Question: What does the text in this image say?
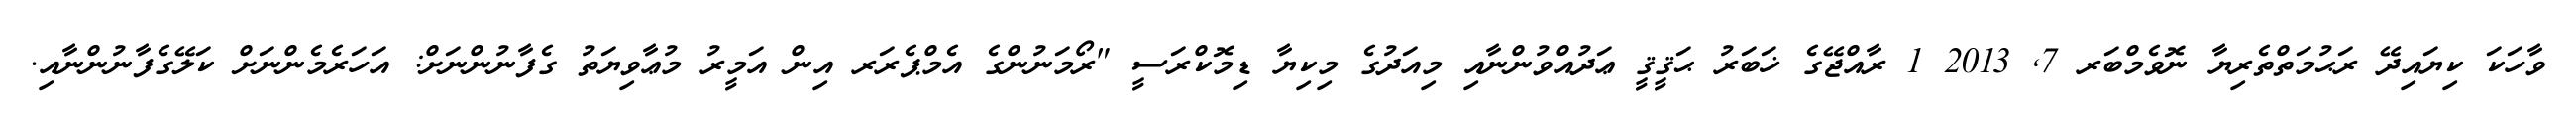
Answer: ވާހަކަ ކިޔައިދޭ ރަޙުމަތްތެރިޔާ ނޮވެމްބަރ 7, 2013 1 ރާއްޖޭގެ ޚަބަރު ޙަޤީޤީ ޢަދުއްވުންނާއި މިއަދުގެ މިކިޔާ ޑިމޮކްރަސީ "ރޯމަނުންގެ އެމްޕެރަރ އިން އަމީރު މުޢާވިޔަތު ގެފާނުންނަށް: އަހަރެމެންނަށް ކަލޭގެފާނުންނާއި.